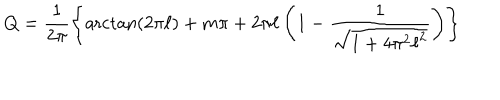
Q = \frac { 1 } { 2 \pi } \left\{ { \operatorname { a r c t a n } } ( 2 { \pi } { \ell } ) + m \pi + 2 { \pi } { \ell } \left( 1 - \frac { 1 } { \sqrt { 1 + 4 { \pi } ^ { 2 } { \ell } ^ { 2 } } } \right) \right\}